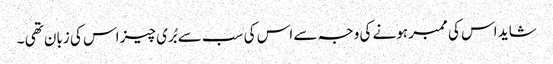
شاید اس کی ممبر ہونے کی وجہ سے اس کی سب سے بُری چیز اس کی زبان تھی ۔